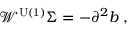
\mathcal { W } ^ { \mathrm { U ( 1 ) } } \Sigma = - \partial ^ { 2 } b \; ,